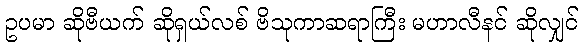
ဥပမာ ဆိုဗီယက် ဆိုရှယ်လစ် ဗိသုကာဆရာကြီး မဟာလီနင် ဆိုလျှင်